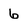
Character: 6